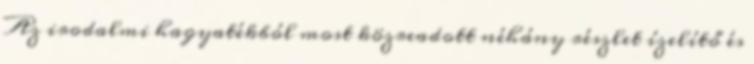
Az irodalmi hagyatékból most közreadott néhány részlet ízelítő és